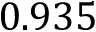
0 . 9 3 5